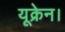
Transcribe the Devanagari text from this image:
यूक्रेन।